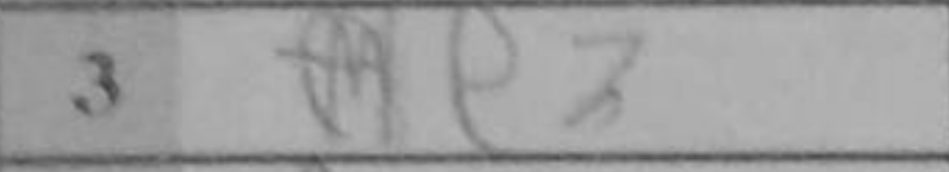
Transcription: e3